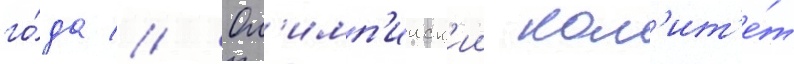
го́да // Ол'имп'ииск'ии ком'ит'е́т